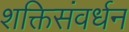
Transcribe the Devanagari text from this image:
शक्तिसंवर्धन